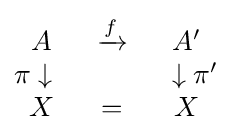
{\begin{matrix}A&\xrightarrow {f} &A'\\\pi \downarrow {\text{ }}&{\text{ }}&{\text{ }}\downarrow \pi '\\X&=&X\end{matrix}}